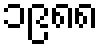
၁၉၈၈